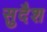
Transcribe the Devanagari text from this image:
सुदैश